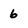
Character: 6